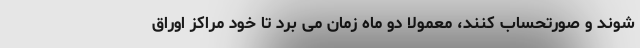
شوند و صورتحساب کنند، معمولا دو ماه زمان می برد تا خود مراکز اوراق